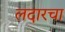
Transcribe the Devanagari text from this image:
लदारचा